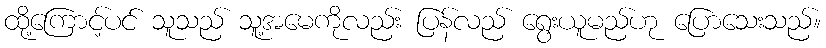
ထို့ကြောင့်ပင် သူသည် သူ့အမေကိုလည်း ပြန်လည် ရွေးယူမည်ဟု ပြောသေးသည်။